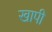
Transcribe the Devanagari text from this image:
खापी